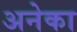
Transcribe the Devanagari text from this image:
अनेका